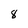
Character: 8